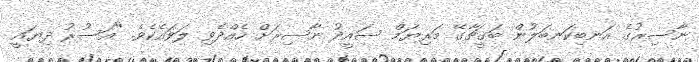
ނާސިރުގެ އަނބިކަނބަލުން ބަގީޗާގޭ މަރިޔަމް ސައީދު ނާސިރަށް ހެއްދެވި ލަވައެކެވެ. "އަސުރު ދިޔައީ